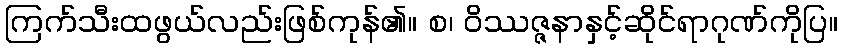
ကြက်သီးထဖွယ်လည်းဖြစ်ကုန်၏။ စ၊ ဝိဿဇ္ဇနာနှင့်ဆိုင်ရာဂုဏ်ကိုပြ။